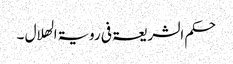
حکم الشریعۃ فی رویۃ الھلال ۔